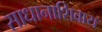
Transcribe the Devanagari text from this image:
साधानाशिवाय